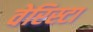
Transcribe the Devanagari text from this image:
वेरिस्टा